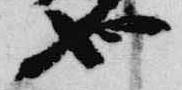
也